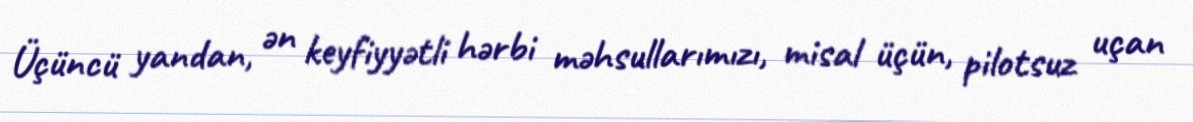
Üçüncü yandan, ən keyfiyyətli hərbi məhsullarımızı, misal üçün, pilotsuz uçan